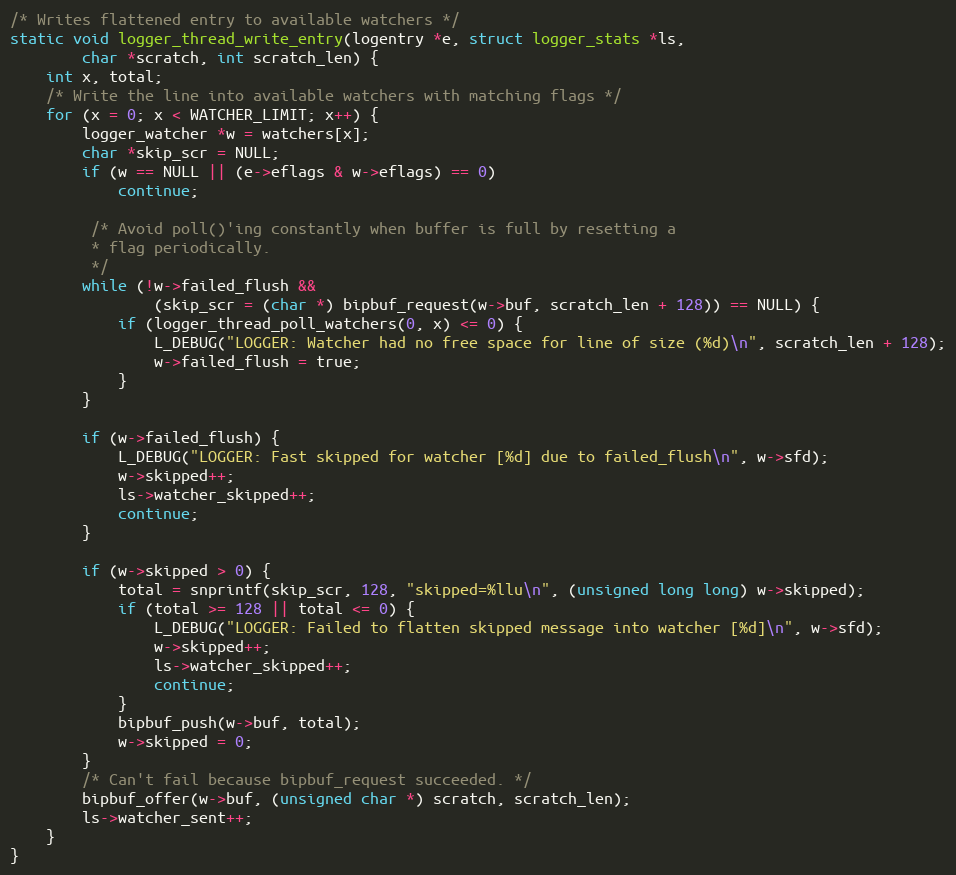
Language: C
/* Writes flattened entry to available watchers */
static void logger_thread_write_entry(logentry *e, struct logger_stats *ls,
        char *scratch, int scratch_len) {
    int x, total;
    /* Write the line into available watchers with matching flags */
    for (x = 0; x < WATCHER_LIMIT; x++) {
        logger_watcher *w = watchers[x];
        char *skip_scr = NULL;
        if (w == NULL || (e->eflags & w->eflags) == 0)
            continue;

         /* Avoid poll()'ing constantly when buffer is full by resetting a
         * flag periodically.
         */
        while (!w->failed_flush &&
                (skip_scr = (char *) bipbuf_request(w->buf, scratch_len + 128)) == NULL) {
            if (logger_thread_poll_watchers(0, x) <= 0) {
                L_DEBUG("LOGGER: Watcher had no free space for line of size (%d)\n", scratch_len + 128);
                w->failed_flush = true;
            }
        }

        if (w->failed_flush) {
            L_DEBUG("LOGGER: Fast skipped for watcher [%d] due to failed_flush\n", w->sfd);
            w->skipped++;
            ls->watcher_skipped++;
            continue;
        }

        if (w->skipped > 0) {
            total = snprintf(skip_scr, 128, "skipped=%llu\n", (unsigned long long) w->skipped);
            if (total >= 128 || total <= 0) {
                L_DEBUG("LOGGER: Failed to flatten skipped message into watcher [%d]\n", w->sfd);
                w->skipped++;
                ls->watcher_skipped++;
                continue;
            }
            bipbuf_push(w->buf, total);
            w->skipped = 0;
        }
        /* Can't fail because bipbuf_request succeeded. */
        bipbuf_offer(w->buf, (unsigned char *) scratch, scratch_len);
        ls->watcher_sent++;
    }
}